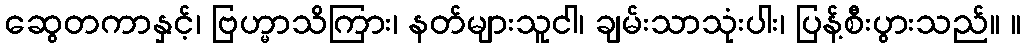
ဆွေတကာနှင့်၊ ဗြဟ္မာသိကြား၊ နတ်များသူငါ၊ ချမ်းသာသုံးပါး၊ ပြန့်စီးပွားသည်။ ။